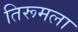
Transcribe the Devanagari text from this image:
तिरूमला